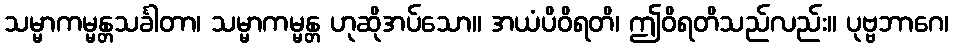
သမ္မာကမ္မန္တသင်္ခါတာ၊ သမ္မာကမ္မန္တ ဟုဆိုအပ်သော။ အယံပိဝိရတိ၊ ဤဝိရတိသည်လည်း။ ပုဗ္ဗဘာဂေ၊